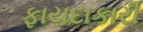
ફાયદાકારી